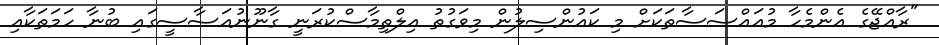
"ރާއްޖޭގެ އެންމެހާ މުއައްސަސާތަކަށް މި ކައުންސިލުން މިވަގުތު އިލްތިމާސްކުރަނީ ގާނޫނުއަސާސީގައި ބުނާ ހަމަތަކާއި